Senior Leaving Certificate Examination (including Day School Certificate (Higher) General paper), 1947
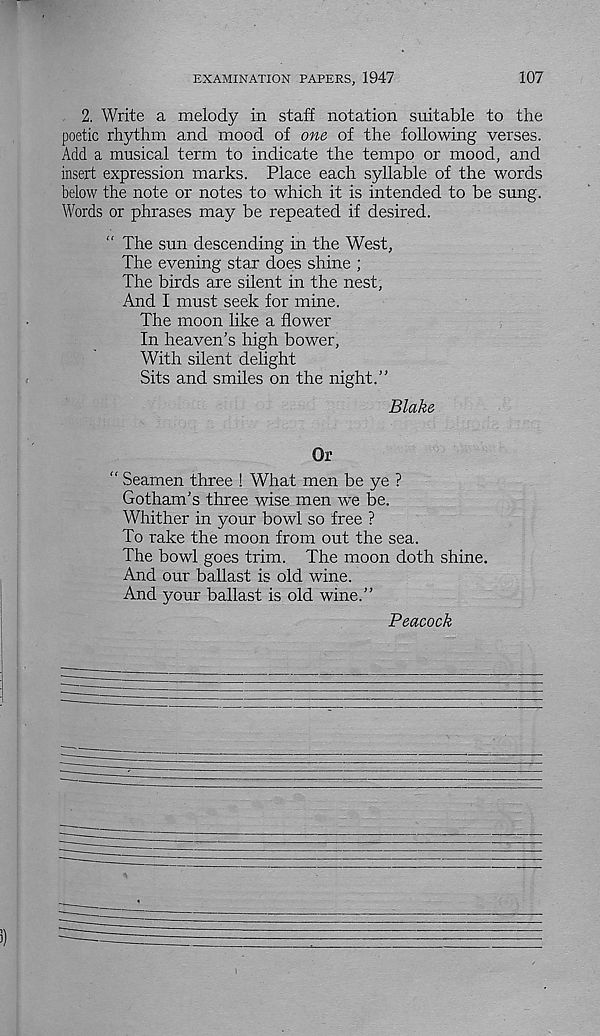
EXAMINATION PAPERS, 1947
107
2. Write a melody in staff notation suitable to the
poetic rhythm and mood of one of the following verses.
Add a musical term to indicate the tempo or mood, and
insert expression marks. Place each syllable of the words
below the note or notes to which it is intended to be sung.
Words or phrases may be repeated if desired.
" The sun descending in the West,
The evening star does shine ;
The birds are silent in the nest.
And I must seek for mine.
The moon like a flower
In heaven’s high bower,
With silent delight
Sits and smiles on the night.”
Blake
Or
" Seamen three ! What men be ye ?
Gotham’s three wise men we be.
Whither in your bowl so free ?
To rake the moon from out the sea.
The bowl goes trim. The moon doth shine.
And our ballast is old wine.
And your ballast is old wine.”
Peacock